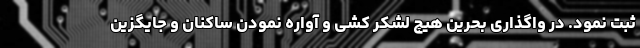
ثبت نمود. در واگذاری بحرین هیچ لشکر کشی و آواره نمودن ساکنان و جایگزین